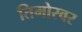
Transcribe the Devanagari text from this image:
तिमोरवर